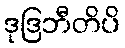
ဒုဒြဘီတိပိ